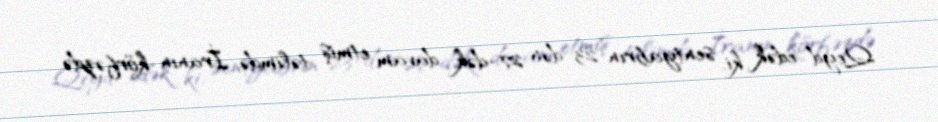
Qeyd edək ki, sentyabrın 23-dən 27-dək davam etmiş təlimdə İranın körfəzdə